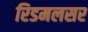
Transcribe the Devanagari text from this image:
रिडमलसर